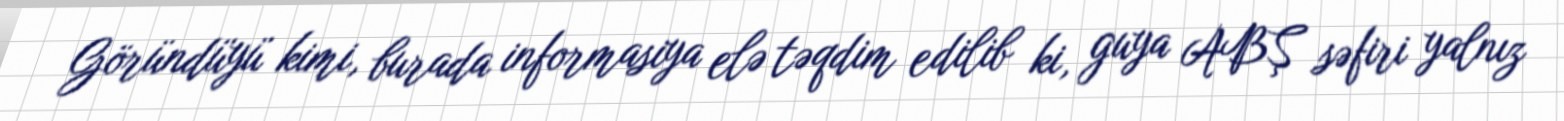
Göründüyü kimi, burada informasiya elə təqdim edilib ki, guya ABŞ səfiri yalnız